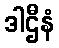
ဒါဌီနံ